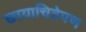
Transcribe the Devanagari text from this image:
छायाचित्रेपण